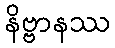
နိဗ္ဗာနဿ